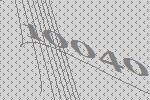
10040